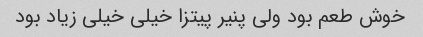
خوش طعم بود ولی پنیر پیتزا خیلی خیلی زیاد بود